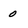
Character: 0